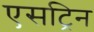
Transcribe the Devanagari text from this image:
एसट्रिन